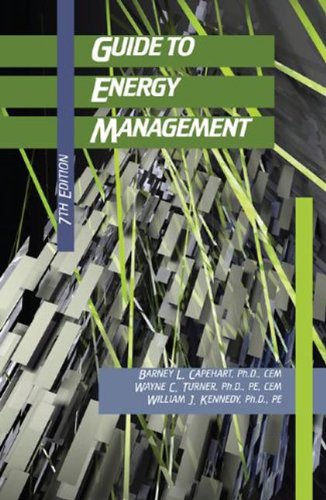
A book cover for Guide to Energy Management, Seventh Edition; Barney L. Capehart  Ph.D.  CEM; Engineering & Transportation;